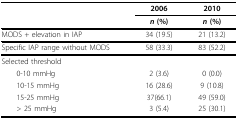
<table><thead><tr><td></td><td><b>2006</b></td><td><b>2010</b></td></tr><tr><td></td><td><b><i>n </i>(%)</b></td><td><b><i>n </i>(%)</b></td></tr></thead><tbody><tr><td>MODS + elevation in IAP</td><td>34 (19.5)</td><td>21 (13.2)</td></tr><tr><td>Specific IAP range without MODS</td><td>58 (33.3)</td><td>83 (52.2)</td></tr><tr><td colspan="3">Selected threshold</td></tr><tr><td> 0-10 mmHg</td><td>2 (3.6)</td><td>0 (0.0)</td></tr><tr><td> 10-15 mmHg</td><td>16 (28.6)</td><td>9 (10.8)</td></tr><tr><td> 15-25 mmHg</td><td>37(66.1)</td><td>49 (59.0)</td></tr><tr><td> &gt; 25 mmHg</td><td>3 (5.4)</td><td>25 (30.1)</td></tr></tbody></table>